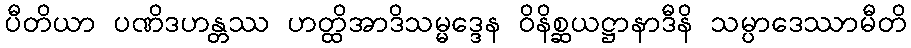
ပီတိယာ ပဏိဒဟန္တဿ ဟတ္ထိအာဒိသမ္မဒ္ဒေန ဝိနိစ္ဆယဋ္ဌာနာဒီနိ သမ္ပာဒေဿာမီတိ